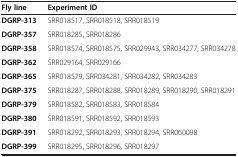
| Fly line | Experiment ID |
 | --- | --- |
 | DGRP-313 | SRR018517, SRR018518, SRR018519 |
 | DGRP-357 | SRR018285, SRR018286 |
 | DGRP-358 | SRR018574, SRR018575, SRR029943, SRR034277, SRR034278 |
 | DGRP-362 | SRR029164, SRR029166 |
 | DGRP-365 | SRR018579, SRR034281, SRR034282, SRR034283 |
 | DGRP-375 | SRR018287, SRR018288, SRR018289, SRR018290, SRR018291 |
 | DGRP-379 | SRR018582, SRR018583, SRR018584 |
 | DGRP-380 | SRR018591, SRR018592, SRR018593 |
 | DGRP-391 | SRR018292, SRR018293, SRR018294, SRR060098 |
 | DGRP-399 | SRR018295, SRR018296, SRR018297 |